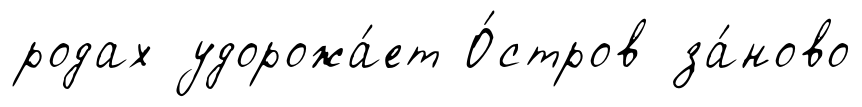
родах удорожа́ет О́стров за́ново